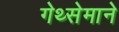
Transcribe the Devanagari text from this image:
गेथ्सेमाने